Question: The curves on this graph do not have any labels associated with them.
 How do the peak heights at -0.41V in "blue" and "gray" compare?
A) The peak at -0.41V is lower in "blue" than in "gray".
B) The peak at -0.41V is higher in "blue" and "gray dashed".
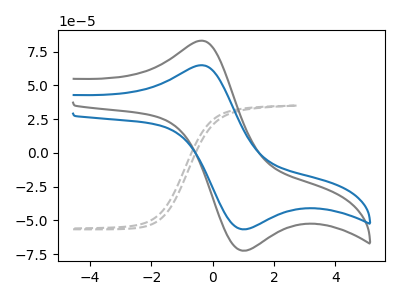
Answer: <think>The gray dashed curve "gray dashed" has no peaks. The gray curve "gray" has an anodic peak at (-0.40V, 83.00uA) and a cathodic peak at (1.10V, -72.30uA). The blue curve "blue" has an anodic peak at (-0.40V, 64.85uA) and a cathodic peak at (1.10V, -56.50uA).</think>
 <answer>A) The peak at -0.41V is lower in "blue" than in "gray".</answer>
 <eval>A</eval>